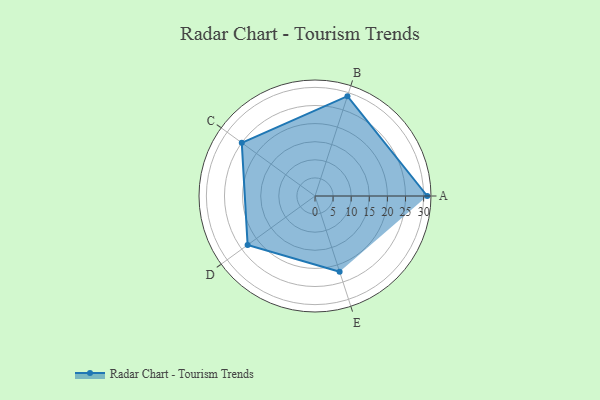
{"axis": {"x": "Skill", "y": "Score"}, "legend": ["Profile"], "data": [{"x": "A", "y": 31.0, "type": "Profile"}, {"x": "B", "y": 29.0, "type": "Profile"}, {"x": "C", "y": 25.0, "type": "Profile"}, {"x": "D", "y": 23.0, "type": "Profile"}, {"x": "E", "y": 22.0, "type": "Profile"}]}